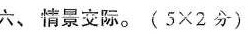
六、情景交际。( $$5 × 2$$ 分)